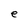
Character: e